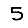
Digit: 5